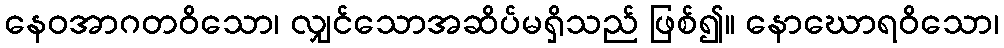
နေဝအာဂတဝိသော၊ လျှင်သောအဆိပ်မရှိသည် ဖြစ်၍။ နောဃောရဝိသော၊